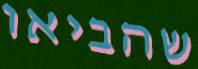
שהביאו